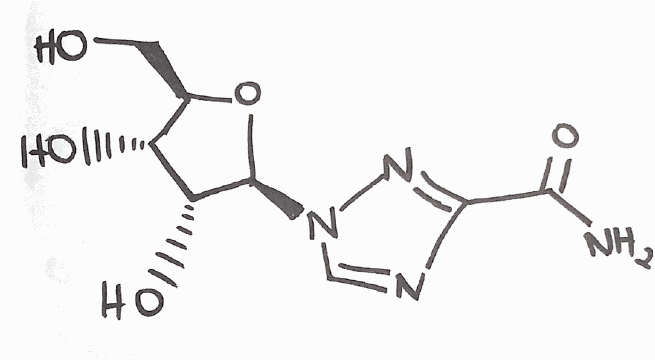
Simplified molecular-input line-entry system (SMILES) notation of the given molecule:
C1=NC(=NN1[C@H]2[C@@H]([C@@H]([C@H](O2)CO)O)O)C(=O)N